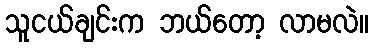
သူငယ်ချင်းက ဘယ်တော့ လာမလဲ။